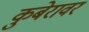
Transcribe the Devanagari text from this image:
कुबेरावर